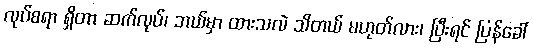
လုပ်စရာ ရှိတာ ဆက်လုပ်၊ ဘယ်မှာ ထားသလဲ သိတယ် မဟုတ်လား၊ ပြီးရင် ပြန်ခေါ်